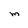
Character: m